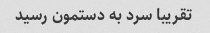
تقریبا سرد به دستمون رسید